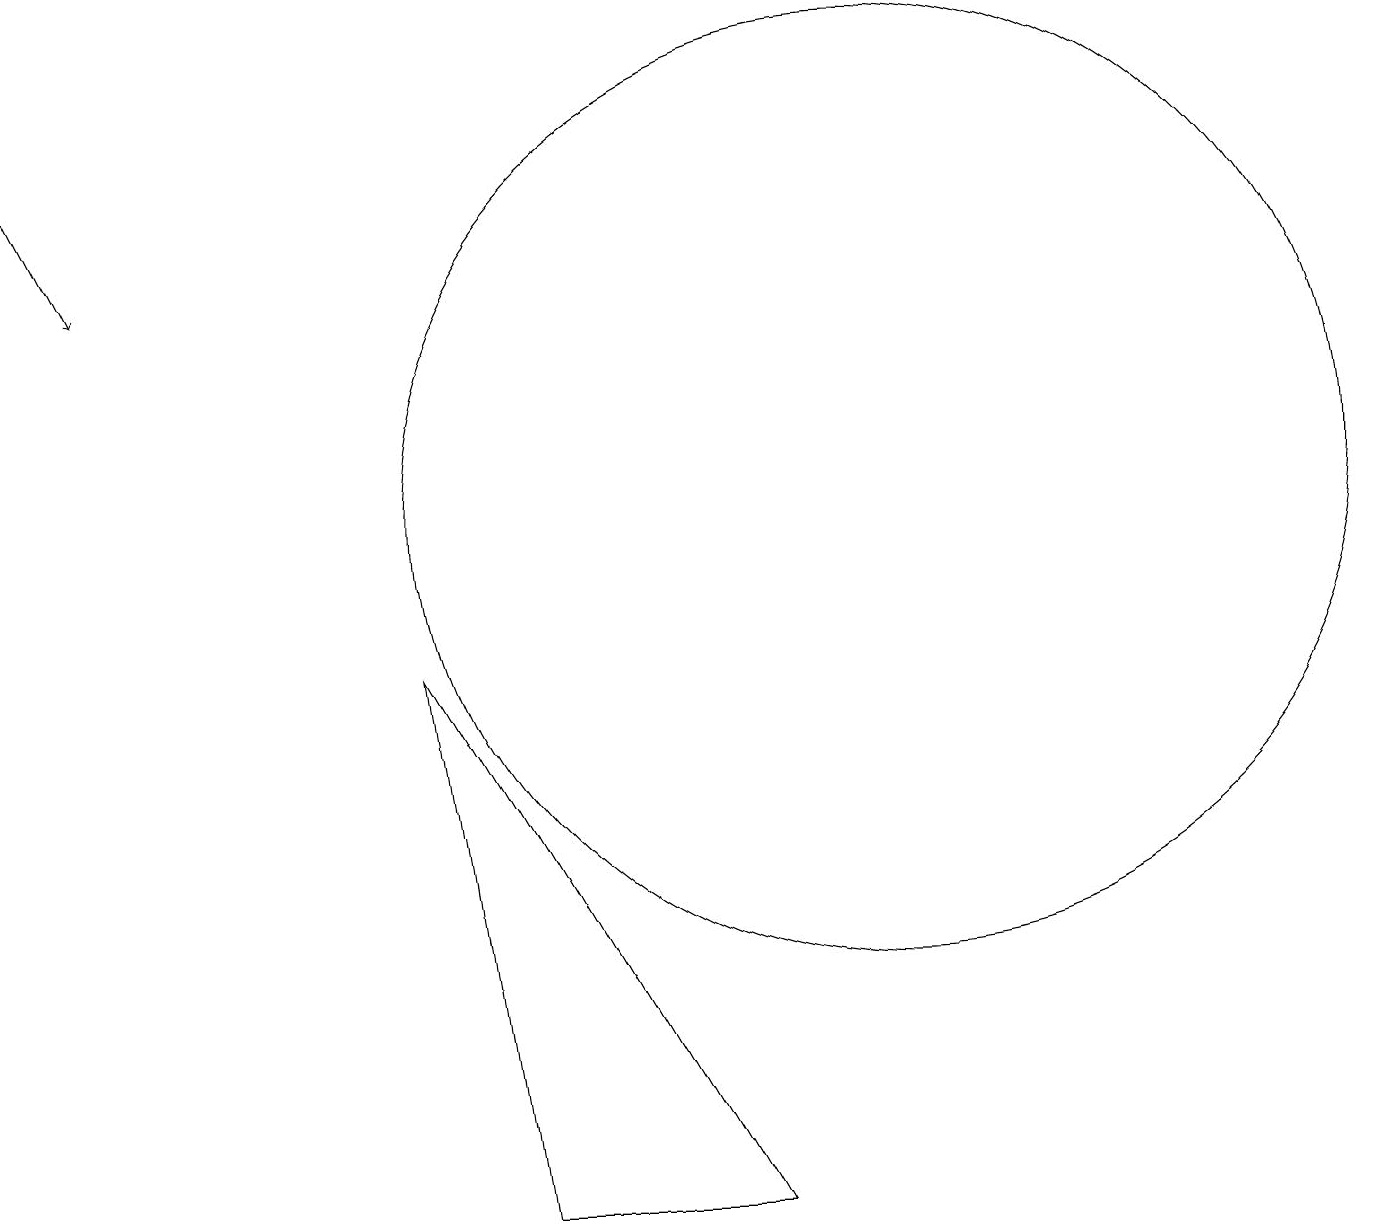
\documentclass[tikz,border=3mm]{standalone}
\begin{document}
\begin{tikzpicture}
\draw (6,1) -- (9,1) -- (5,8) -- cycle;
\draw (11,10) circle (6);
\draw[->] (0,15) -- (1,13);
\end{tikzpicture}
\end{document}